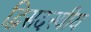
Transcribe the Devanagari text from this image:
द्विसदस्यीय